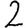
Digit: 2